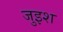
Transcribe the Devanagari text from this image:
जुइश